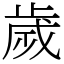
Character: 歲